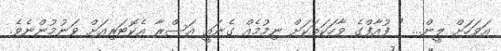
އަވަހަށް ލީން... " ފުއާފްގެ ވާހަކަތަކަށް ނިމުމެއް ގެނައީ އަސްރާ އެކޮޓަރިއަށް ވަނުމުންނެވެ.